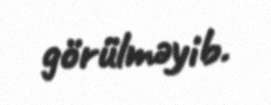
görülməyib.